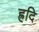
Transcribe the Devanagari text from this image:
ह्रदि